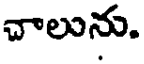
చాలును.